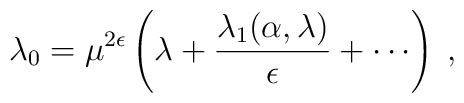
\lambda_0 = \mu^{2\epsilon} \left(\lambda +\frac{\lambda_1 (\alpha,\lambda)}{\epsilon} + \cdots \right)\; ,